Lunatic asylums Madras 1877-1891 - 1877-1891
Year: 1877
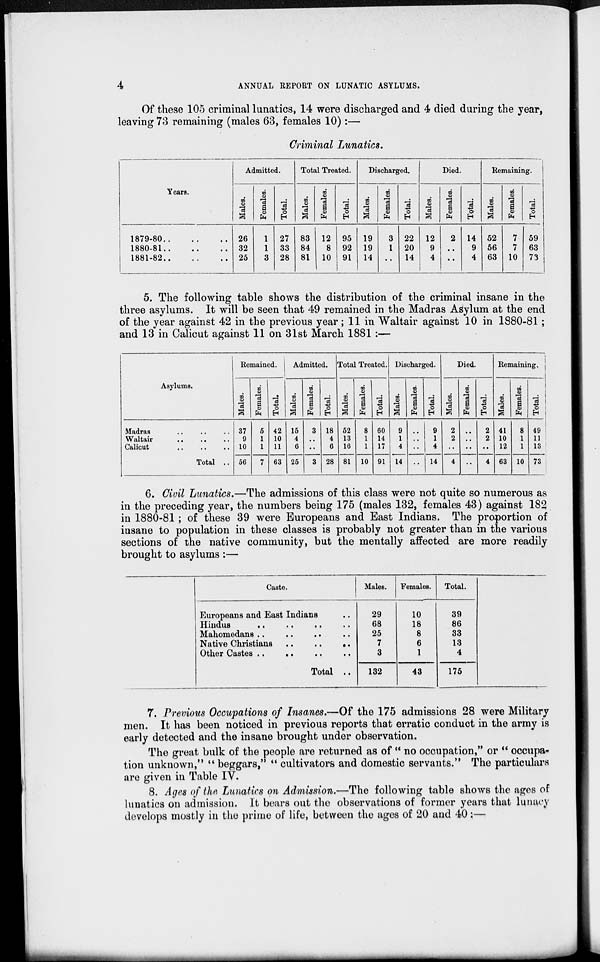
4
ANNUAL REPORT ON LUNATIC ASYLUMS.
Of these 105 criminal lunatics, 14 were discharged and 4 died during the year,
leaving 73 remaining (males 63, females 10):—
Criminal Lunatics.
Years.
1879-80
..
..
..
1880-81
..
..
..
1881-82
..
..
..
Admitted.
Males.
26
32
25
Females.
1
1
3
Total.
27
33
28
Total Treated.
Males.
83
84
81
Females.
12
8
10
Total.
95
92
91
Discharged.
Males.
19
19
14
Females.
3
1
..
Total.
22
20
14
Died.
Males.
12
9
4
Females.
2
..
..
Total.
14
9
4
Remaining.
Males.
52
56
63
Females.
7
7
10
Total.
59
63
73
5. The following table shows the distribution of the criminal insane in the
three asylums. It will be seen that 49 remained in the Madras Asylum at the end
of the year against 42 in the previous year; 11 in Waltair against 10 in 1880-81;
and 13 in Calicut against 11 on 31st March 1881 :—
Asylums.
Madras .. .. ..
Waltair .. .. ..
Calicut .. .. ..
Total ..
Remained.
Males.
37
9
10
56
Females.
5
1
1
7
Total.
42
10
11
63
Admitted.
Males.
15
4
6
25
Females.
3
..
..
3
Total.
18
4
6
28
Total Treated.
Males.
52
13
16
81
Females.
8
1
1
10
Total.
60
14
17
91
Discharged.
Males.
9
1
4
14
Females.
..
..
..
..
Total.
9
1
4
14
Died.
Males.
2
2
..
4
Females.
..
..
..
..
Total.
2
2
..
4
Remaining.
Males.
41
10
12
63
Females.
8
1
1
10
Total.
49
11
13
73
6. Civil Lunatics.—The admissions of this class were not quite so numerous as
in the preceding year, the numbers being 175 (males 132, females 43) against 182
in 1880-81; of these 39 were Europeans and East Indians. The proportion of
insane to population in these classes is probably not greater than in the various
sections of the native community, but the mentally affected are more readily
brought to asylums :—
Caste.
Europeans and East Indians ..
Hindus .. .. ..
..
Mahomedans .. ..
..
..
Native Christians ..
..
..
Other Castes .. .. .. ..
Total ..
Males.
29
68
25
7
3
132
Females.
10
18
8
6
1
43
Total.
39
86
33
13
4
175
7. Previous Occupations of Insanes.—Of the 175 admissions 28 were Military
men. It has been noticed in previous reports that erratic conduct in the army is
early detected and the insane brought under observation.
The great bulk of the people are returned as of " no occupation," or " occupa¬
tion unknown," " beggars," " cultivators and domestic servants." The particulars
are given in Table IV.
8. Ages of the Lunatics on Admission.—The following table shows the ages of
lunatics on admission. It bears out the observations of former years that lunacy
develops mostly in the prime of life, between the ages of 20 and 40:—